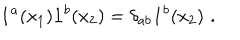
{ \bf 1 } ^ { a } ( x _ { 1 } ) { \bf 1 } ^ { b } ( x _ { 2 } ) = \delta _ { a b } { \bf 1 } ^ { b } ( x _ { 2 } ) \, \, .